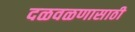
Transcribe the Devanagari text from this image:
दळवळणासाठी